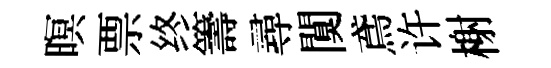
暝票终籌尋闃鳶许榭